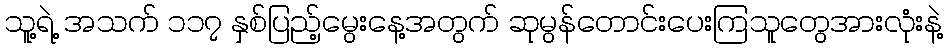
သူ့ရဲ့ အသက် ၁၁၇ နှစ်ပြည့်မွေးနေ့အတွက် ဆုမွန်တောင်းပေးကြသူတွေအားလုံးနဲ့